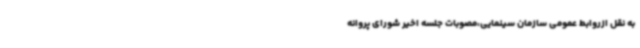
به نقل ازروابط عمومی سازمان سینمایی،مصوبات جلسه اخیر شورای پروانه